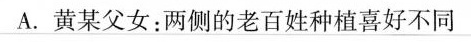
A.黄某父女：两侧的老百姓种植喜好不同